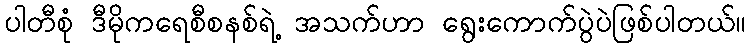
ပါတီစုံ ဒီမိုကရေစီစနစ်ရဲ့ အသက်ဟာ ရွေးကောက်ပွဲပဲဖြစ်ပါတယ်။